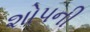
શોપની